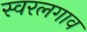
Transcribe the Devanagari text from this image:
स्वरलगाव